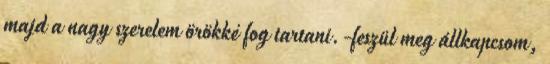
majd a nagy szerelem örökké fog tartani.-feszül meg állkapcsom,